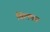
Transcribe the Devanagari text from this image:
विलमन